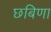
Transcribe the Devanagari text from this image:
छबिणा